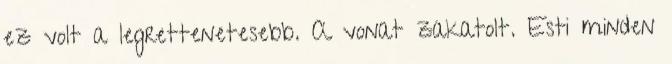
ez volt a legrettenetesebb. A vonat zakatolt. Esti minden